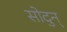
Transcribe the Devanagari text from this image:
सोदुन्